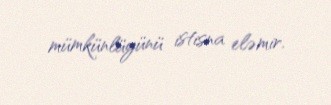
mümkünlüyünü istisna eləmir.